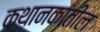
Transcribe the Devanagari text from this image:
कथानकांतील